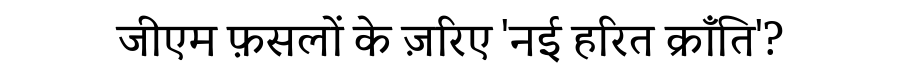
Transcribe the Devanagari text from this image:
जीएम फ़सलों के ज़रिए 'नई हरित क्राँति'?